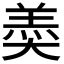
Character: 𡙡